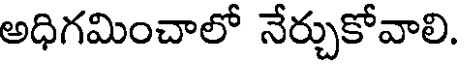
అధిగమించాలో నేర్చుకోవాలి.